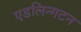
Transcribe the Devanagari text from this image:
एडलिन्गटन